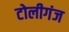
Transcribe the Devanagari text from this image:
टोलीगंज